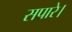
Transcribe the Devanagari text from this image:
सपारे।